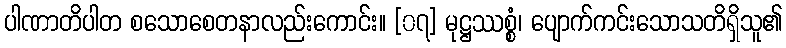
ပါဏာတိပါတ စသောစေတနာလည်းကောင်း။ [၀၇] မုဋ္ဌဿစ္စံ၊ ပျောက်ကင်းသောသတိရှိသူ၏